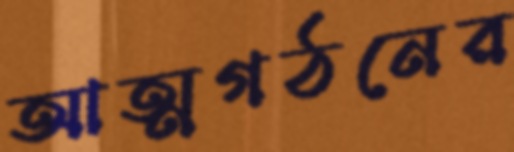
আত্মগঠনের